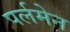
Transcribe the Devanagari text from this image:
पर्लमेन